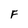
Character: F